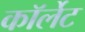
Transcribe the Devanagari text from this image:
कॉर्लेट